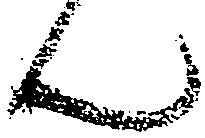
ん